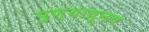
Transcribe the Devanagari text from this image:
पुण्यातूनच